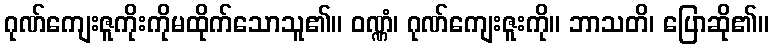
ဂုဏ်ကျေးဇူကိုးကိုမထိုက်သောသူ၏။ ဝဏ္ဏံ၊ ဂုဏ်ကျေးဇူးကို။ ဘာသတိ၊ ပြောဆို၏။